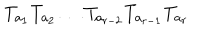
LaTeX: T _ { a _ { 1 } } T _ { a _ { 2 } } \ldots T _ { a _ { r - 2 } } T _ { a _ { r - 1 } } T _ { a _ { r } }